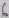
Text: 6